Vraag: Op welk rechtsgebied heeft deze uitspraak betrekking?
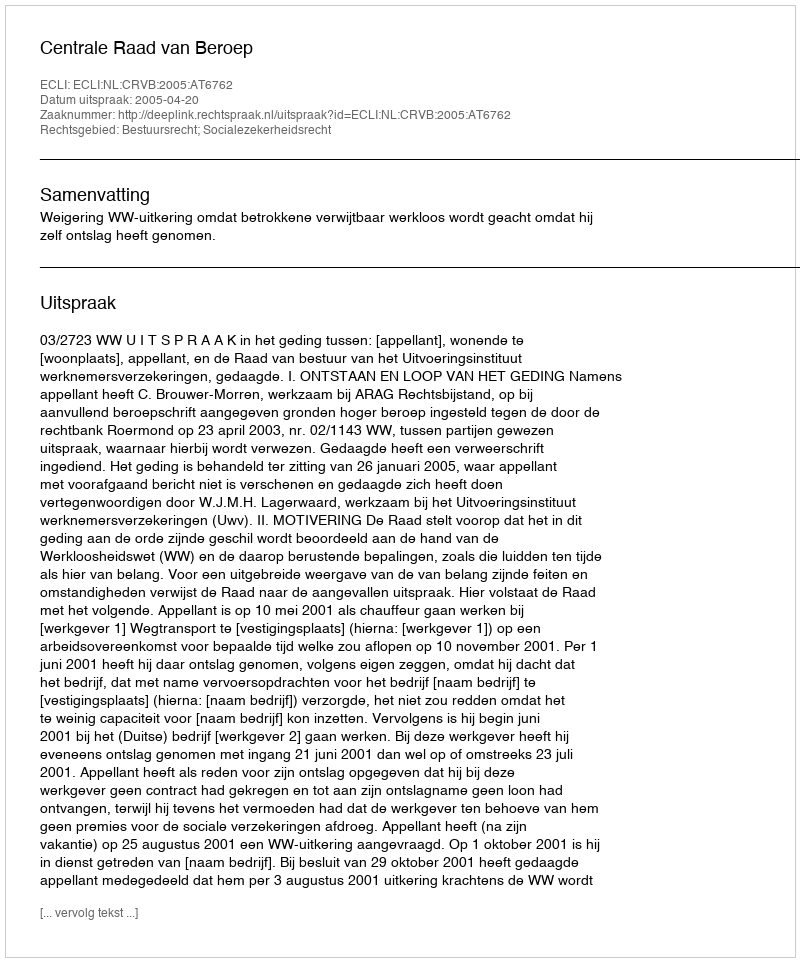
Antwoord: Bestuursrecht; Socialezekerheidsrecht